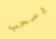
يسحب